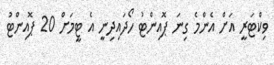
ވިކްޓަރީ އަށް އެންމެ ގިނަ ޕޮއިންޓު ހޯދައިދިނީ އެ ޓީމަށް 20 ޕޮއިންޓު